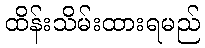
ထိန်းသိမ်းထားရမည်